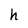
Character: h